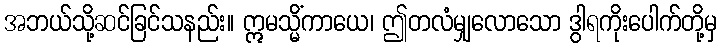
အဘယ်သို့ဆင်ခြင်သနည်း။ ဣမသ္မိံကာယေ၊ ဤတလံမျှလောသော ဒွါရကိုးပေါက်တို့မှ